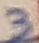
Text: 3